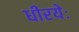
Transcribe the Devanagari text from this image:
धीरयेः